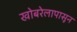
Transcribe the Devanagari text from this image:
खोबरेलापासून